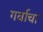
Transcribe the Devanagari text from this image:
गर्वाचा